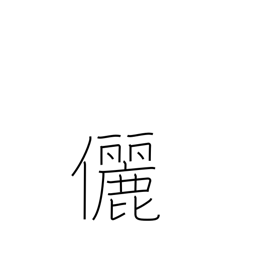
Meaning: companion